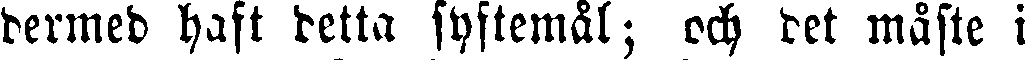
dermed haft detta syftemål; och det måste i